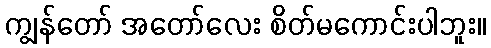
ကျွန်တော် အတော်လေး စိတ်မကောင်းပါဘူး။